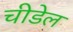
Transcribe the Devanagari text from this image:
चीडेल